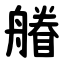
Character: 䒅